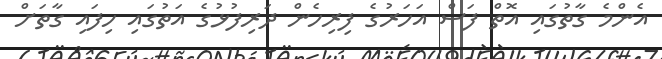
އެންމެ ގާތުގައި އޮތް ފަސް އަހަރުގެ ފިރިހެން ދަރިފުޅުގެ އަތުގައި ހިފައި ގާތަށް